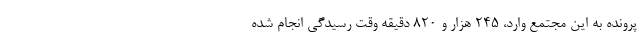
پرونده به این مجتمع وارد، ۲۴۵ هزار و ۸۲۰ دقیقه وقت رسیدگی انجام شده